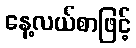
နေ့လယ်စာဖြင့်